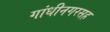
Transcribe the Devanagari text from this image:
गांधीनगरसह